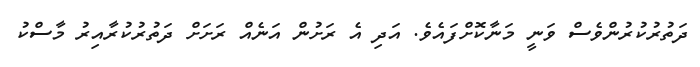
ދަތުރުކުރުންވެސް ވަނީ މަނާކޮށްފައެވެ. އަދި އެ ރަށުން އަނެއް ރަށަށް ދަތުރުކުރާއިރު މާސްކު